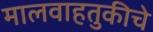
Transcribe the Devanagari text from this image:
मालवाहतुकीचे